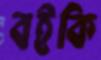
বইকি